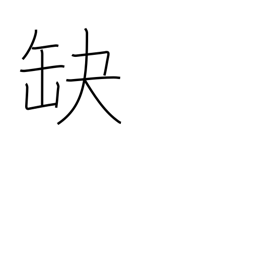
Meaning: fail